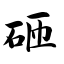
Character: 砸